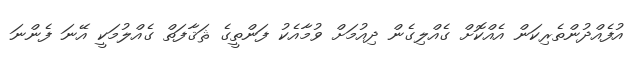
އުފެއްދުންތެރިކަން އެއްކޮށް ގެއްލިގެން ދިއުމަށް ވުމާއެކު ފަންތީގެ ޘަޤާފަތް ގެއްލުމަކީ އޭނަ ފެންނަ